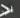
لب